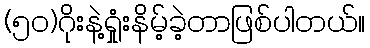
(၅၀)ဂိုးနဲ့ရှုံးနိမ့်ခဲ့တာဖြစ်ပါတယ်။